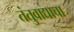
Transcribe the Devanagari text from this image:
तंतुवाद्याचा